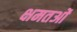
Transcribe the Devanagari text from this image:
क्षमतओं